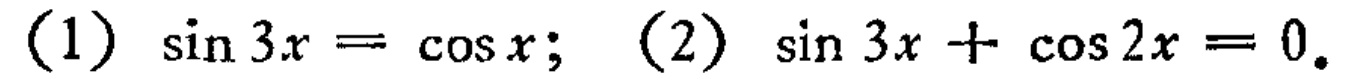
(1) \(\sin 3x = \cos x\); (2) \(\sin 3x + \cos 2x = 0\)